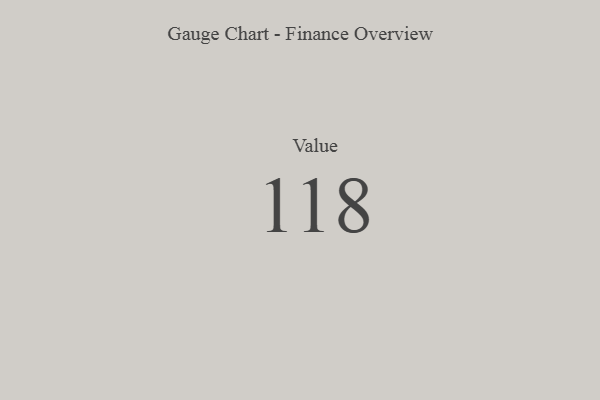
{"axis": {"x": "Metric", "y": "Value"}, "legend": [""], "data": [{"x": "Value", "y": 118, "type": ""}]}